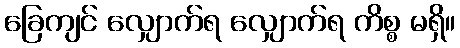
ခြေကျင် လျှောက်ရ လျှောက်ရ ကိစ္စ မရှိ။